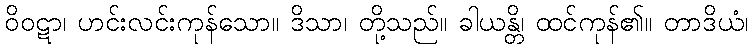
ဝိဝဋာ၊ ဟင်းလင်းကုန်သော။ ဒိသာ၊ တို့သည်။ ခါယန္တိ၊ ထင်ကုန်၏။ တာဒိယံ၊